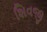
શિવજી